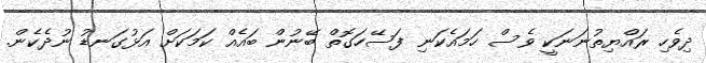
ދިވެހި ރައްޔިތުނަނަކީ ވެސް ހަމައެކަނި ފަސޭހަގޮތް ބޭނުން ބައެއް ކަމަކަށް އަޅުގަނޑު ނުދެކެން.